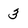
Character: 3